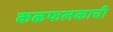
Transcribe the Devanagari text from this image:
कळफलकाची